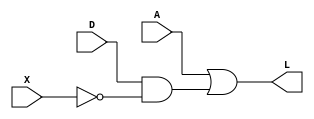
module comb1(input D, input X, input A, output L);
    assign L = A | (D & (~X));
endmodule